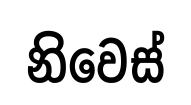
නිවෙස්